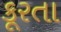
કૂરતા